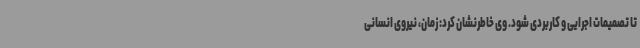
تا تصمیمات اجرایی و کاربردی شود. وی خاطرنشان کرد: زمان، نیروی انسانی